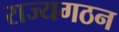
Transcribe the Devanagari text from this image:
राज्यगठन